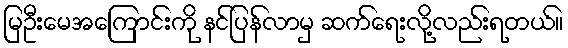
မြဦးမေအကြောင်းကို နင်ပြန်လာမှ ဆက်ရေးလို့လည်းရတယ်။